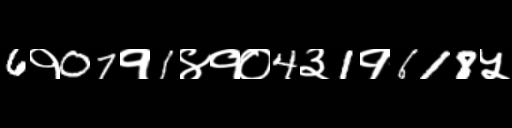
Text: 6१07१1४१०4३1१618५